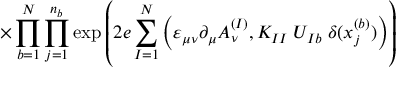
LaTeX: \times \prod _ { b = 1 } ^ { N } \prod _ { j = 1 } ^ { n _ { b } } \exp \left( 2 e \sum _ { I = 1 } ^ { N } \Big ( \varepsilon _ { \mu \nu } \partial _ { \mu } A _ { \nu } ^ { ( I ) } , K _ { I I } \; U _ { I b } \; \delta ( x _ { j } ^ { ( b ) } ) \Big ) \right)